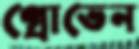
গ্রোভেন